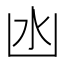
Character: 凼